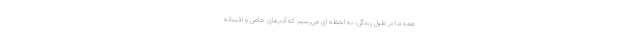
همه‌ ما در طول زندگی، به لحظه‌ ای می‌رسیم که آدم‌های خاص و افسانه